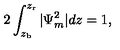
2 \int _ { z _ { \mathrm { b } } } ^ { z _ { \mathrm { r } } } | \Psi _ { m } ^ { 2 } | d z = 1 ,